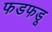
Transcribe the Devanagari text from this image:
फडफडू